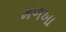
મળખા